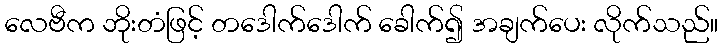
လေဗီက ဘိုးတံဖြင့် တဒေါက်ဒေါက် ခေါက်၍ အချက်ပေး လိုက်သည်။